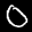
Label: 0